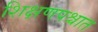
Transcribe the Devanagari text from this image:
शिक्षणपश्चात